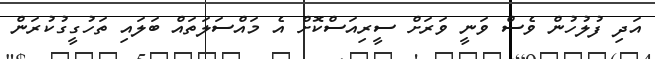
އަދި ފުލުހުން ވެސް ވަނީ ވަރަށް ސީރިއަސްކޮށް އެ މައްސަލަތައް ބަލައި ތަހުގީގުކުރަން